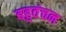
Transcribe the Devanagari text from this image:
बहुवंचन